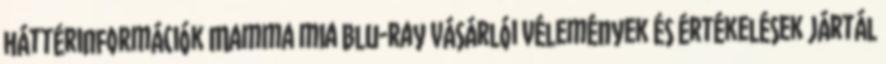
háttérinformációk Mamma mia Blu-ray vásárlói vélemények és értékelések Jártál